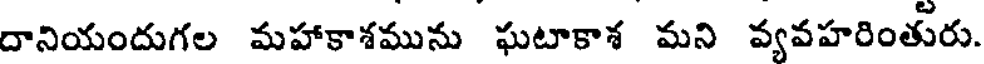
దానియందుగల మహాకాశమును ఘటాకాశ మని వ్యవహరింతురు.